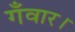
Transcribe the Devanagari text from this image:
गँवार।